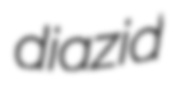
diazid